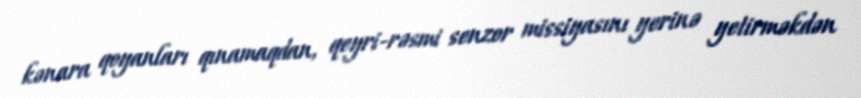
kənara qoyanları qınamaqdan, qeyri-rəsmi senzor missiyasını yerinə yetirməkdən